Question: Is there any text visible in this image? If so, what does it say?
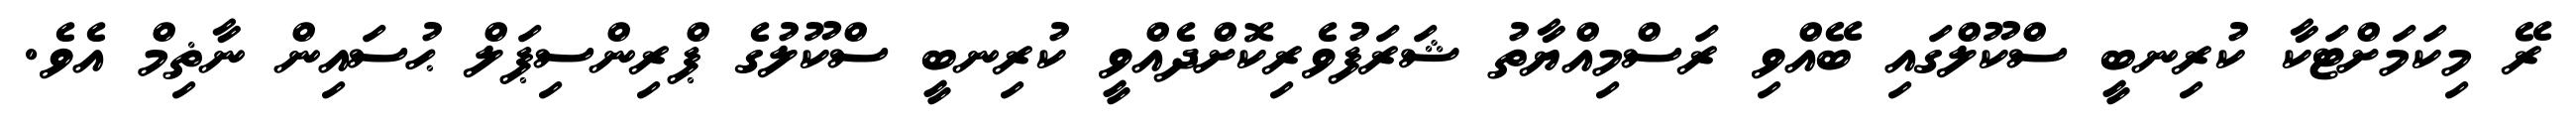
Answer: ރޭ މިކަމަށްޓަކާ ކުރިނބީ ސްކޫލްގައި ބޭއްވި ރަސްމިއްޔާތު ޝަރަފުވެރިކޮށްދެއްވީ ކުރިނބީ ސްކޫލުގެ ޕްރިންސިޕަލް ޙުސައިން ނާޡިމް އެވެ.